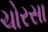
ચોરસા